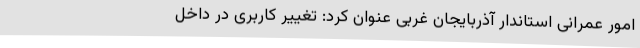
امور عمرانی استاندار آذربایجان غربی عنوان کرد: تغییر کاربری در داخل